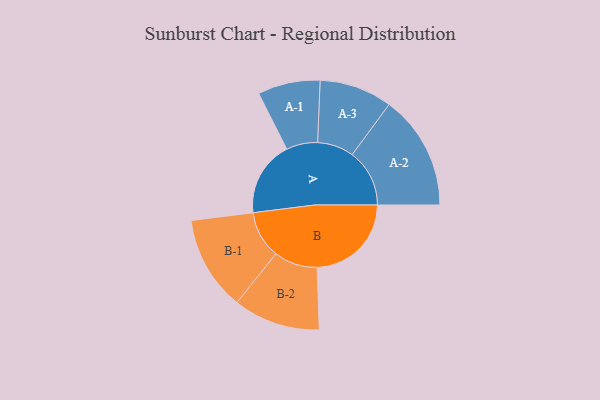
{"axis": {"x": "Segment", "y": "Value"}, "legend": ["", "A", "B"], "data": [{"x": "A", "y": 374, "type": ""}, {"x": "B", "y": 468, "type": ""}, {"x": "A-1", "y": 155, "type": "A"}, {"x": "A-2", "y": 285, "type": "A"}, {"x": "A-3", "y": 181, "type": "A"}, {"x": "B-1", "y": 235, "type": "B"}, {"x": "B-2", "y": 216, "type": "B"}]}